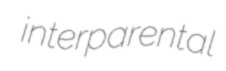
interparental